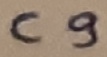
Text: C9